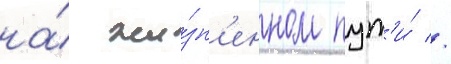
на́ жи́зн'енном пут'и́ //